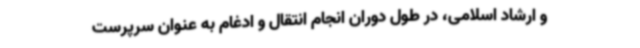
و ارشاد اسلامی، در طول دوران انجام انتقال و ادغام به عنوان سرپرست